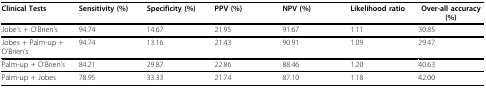
| Clinical Tests | Sensitivity (%) | Specificity (%) | PPV (%) | NPV (%) | Likelihood ratio | Over-all accuracy (%) |
 | --- | --- | --- | --- | --- | --- | --- |
 | Jobe's + O'Brien's | 94.74 | 14.67 | 21.95 | 91.67 | 1.11 | 30.85 |
 | Jobes + Palm-up + O'Brien's | 94.74 | 13.16 | 21.43 | 90.91 | 1.09 | 29.47 |
 | Palm-up + O'Brien's | 84.21 | 29.87 | 22.86 | 88.46 | 1.20 | 40.63 |
 | Palm-up + Jobes | 78.95 | 33.33 | 21.74 | 87.10 | 1.18 | 42.00 |